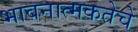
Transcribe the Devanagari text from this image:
भावनात्मकतेचे